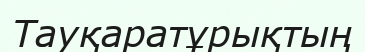
Тауқаратұрықтың